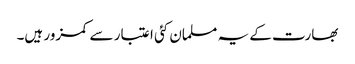
بھارت کے یہ مسلمان کئی اعتبار سے کمزور ہیں۔